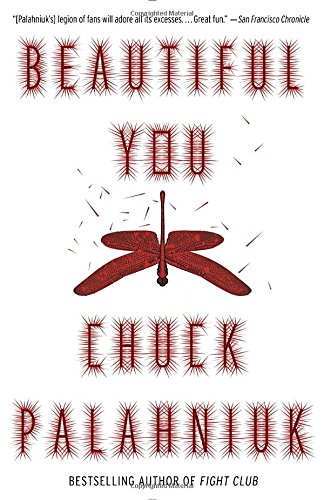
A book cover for Beautiful You; Chuck Palahniuk; Mystery, Thriller & Suspense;